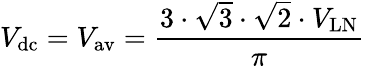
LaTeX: V_{\mathrm{dc}}=V_{\mathrm{av}}={\frac{3\cdot{\sqrt{3}}\cdot{\sqrt{2}}\cdot V_{\mathrm{LN}}}{\pi}}